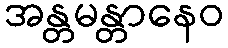
အန္တမန္တာနေဝ